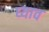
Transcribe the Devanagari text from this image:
घ्याव